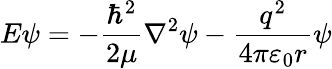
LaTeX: E\psi=-{\frac{\hbar^{2}}{2\mu}}\nabla^{2}\psi-{\frac{q^{2}}{4\pi\varepsilon_{0}r}}\psi